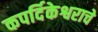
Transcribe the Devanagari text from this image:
कपर्दिकेश्वराचे